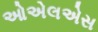
ઓએલએસ